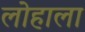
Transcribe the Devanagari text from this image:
लोहाला